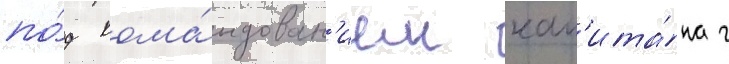
по́д кома́ндован'ием кап'ита́на г